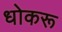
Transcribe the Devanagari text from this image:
धोकरू